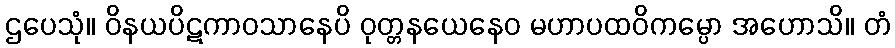
ဌပေသုံ။ ဝိနယပိဋကာဝသာနေပိ ဝုတ္တနယေနေဝ မဟာပထဝိကမ္ပော အဟောသိ။ တံ